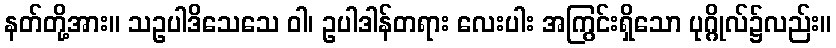
နတ်တို့အား။ သဥပါဒိသေသေ ဝါ၊ ဥပါဒါန်တရား လေးပါး အကြွင်းရှိသော ပုဂ္ဂိုလ်၌လည်း။